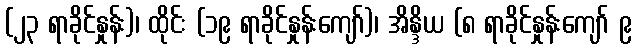
(၂၃ ရာခိုင်နှုန်း)၊ ထိုင်း (၁၉ ရာခိုင်နှုန်းကျော်)၊ အိန္ဒိယ (၈ ရာခိုင်နှုန်းကျော် ၉